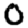
Digit: 0